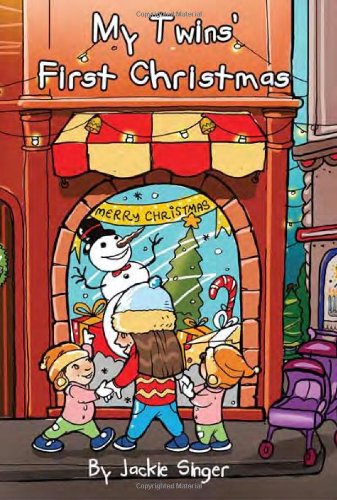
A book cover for My Twins First Christmas; Paris Morris; Parenting & Relationships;